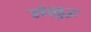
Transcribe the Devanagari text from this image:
संशुद्ध